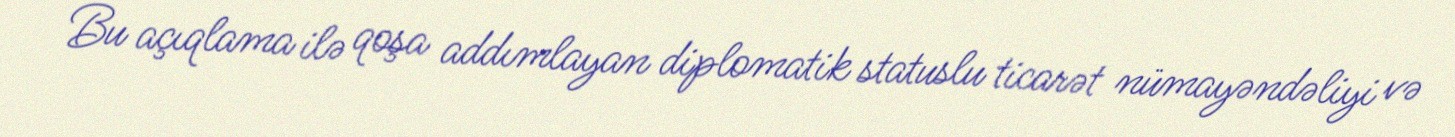
Bu açıqlama ilə qoşa addımlayan diplomatik statuslu ticarət nümayəndəliyi və